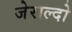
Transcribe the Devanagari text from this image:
जेराल्दो